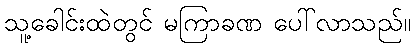
သူ့ခေါင်းထဲတွင် မကြာခဏ ပေါ်လာသည်။